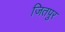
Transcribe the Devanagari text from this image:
जितपुर